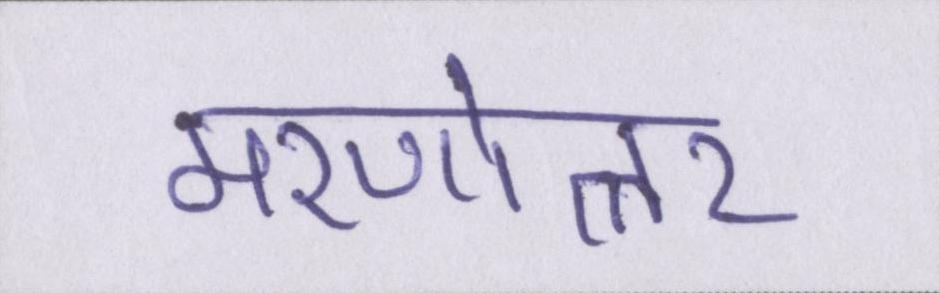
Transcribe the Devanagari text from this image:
मरणोत्तर